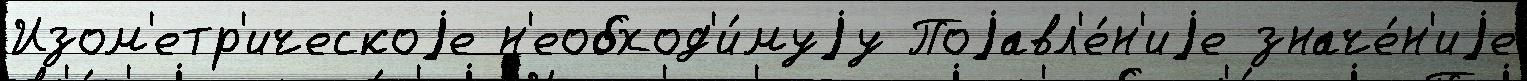
Изом'етр'ическоjе н'еобход'и́муjу Поjавл'е́н'иjе значе́н'иjе